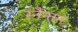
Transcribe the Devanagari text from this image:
स्नैन्तन